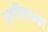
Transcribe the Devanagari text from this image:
अष्टविनायकां